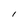
Character: i